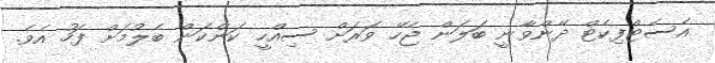
އެސެޓްފިކެޓް ދޭންވާނީ ބަލަން ޖެހޭ ވަރަށް ސިއްހީ ކަންކަން ބެލުމަށް ފަހު އެވެ.